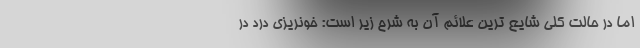
اما در حالت کلی شایع ترین علائم آن به شرح زیر است: خونریزی درد در